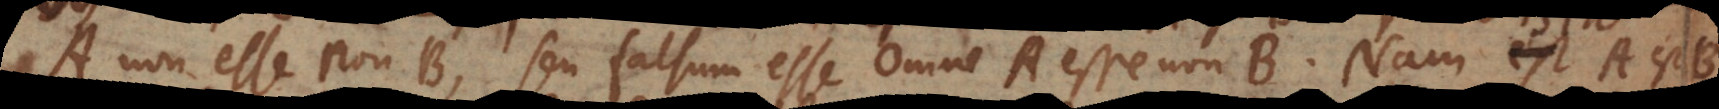
A non esse non‐B, seu falsum esse Omne A esse non‐B. Nam si A est B,